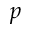
p